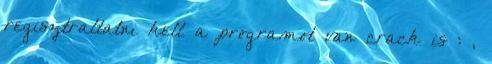
regisztraltatni kell a programot van crack is : ,